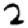
Digit: 2